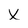
Character: X